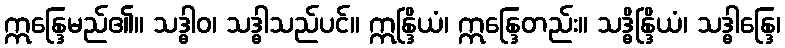
ဣန္ဒြေမည်၏။ သဒ္ဓါဝ၊ သဒ္ဓါသည်ပင်။ ဣန္ဒြိယံ၊ ဣန္ဒြေတည်း။ သဒ္ဓိန္ဒြိယံ၊ သဒ္ဓါန္ဒြေ၊